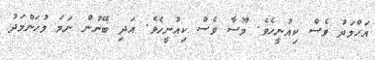
އަޙްމަދު ވެސް ކިއުނީހެވެ. މޫސާ ވެސް ކިއުނީހެވެ. އަދި ބޭނުން ނަމަ މުޙަންމަދު